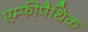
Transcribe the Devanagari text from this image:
एम्फीपैथिक